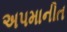
અપમાનીત